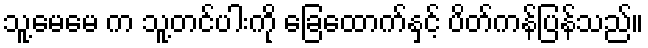
သူ့မေမေ က သူ့တင်ပါးကို ခြေထောက်နှင့် ပိတ်ကန်ပြန်သည်။